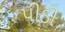
પીડી